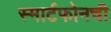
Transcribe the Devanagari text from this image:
स्मार्टफोनची